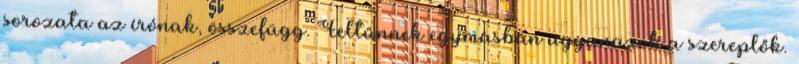
sorozata az írónak, összefügg. Feltűnnek egymásban ugyanazok a szereplők.